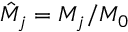
\hat { M } _ { j } = M _ { j } / M _ { 0 }